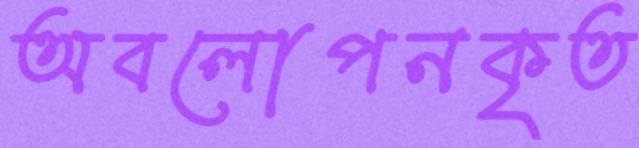
অবলোপনকৃত